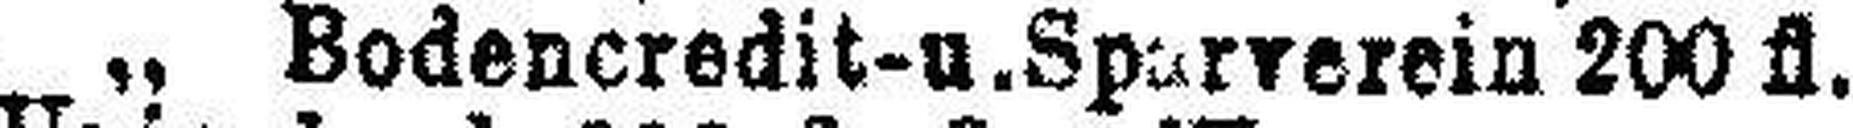
„ Bodencredit-u.Sparverein 200 fl.